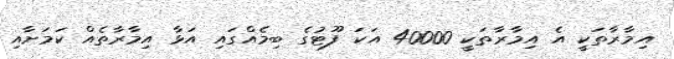
އިމާރާތަކީ އެ އިމާރާތަކީ 40000 އަކަ ފޫޓުގެ ބިމެއްގައި އަޅާ އިމާރާތެއް ކަމަށާއި